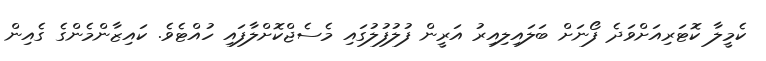
ކެމީލާ ކޮޓަރިއަށްވަދެ ފޯނަށް ބަލައިލިއިރު އަރީން ފުލުފުލުގައި މެސެޖްކޮށްލާފައި ހުއްޓެވެ. ކައިޒާންމެންގެ ގެއިން